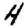
Digit: 4